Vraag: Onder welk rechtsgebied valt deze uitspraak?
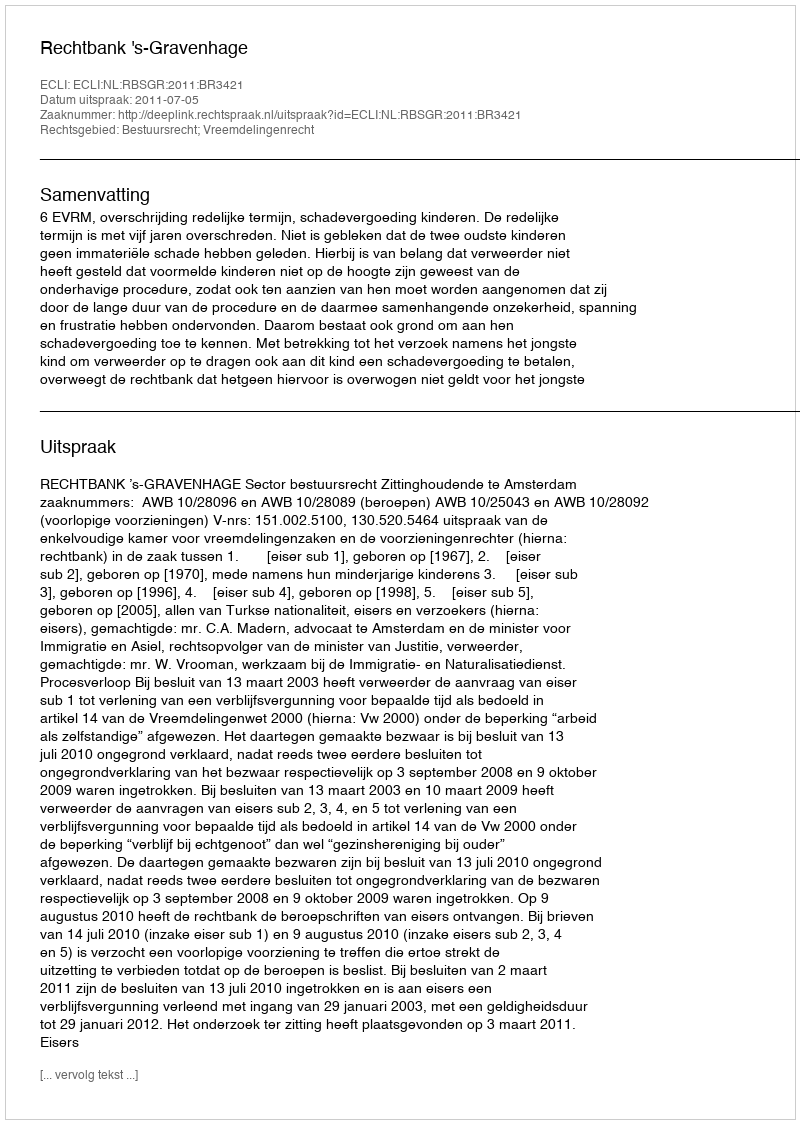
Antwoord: Bestuursrecht; Vreemdelingenrecht